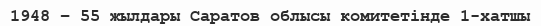
1948 – 55 жылдары Саратов облысы комитетінде 1-хатшы